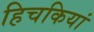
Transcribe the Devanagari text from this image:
हिचकियां